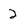
Character: 2